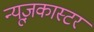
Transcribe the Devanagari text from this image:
न्यूज़कास्टर